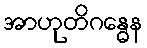
အာဟုတိဂန္ဓေန